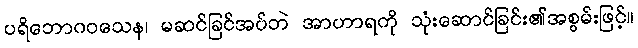
ပရိဘောဂဝသေန၊ မဆင်ခြင်အပ်ဘဲ အာဟာရကို သုံးဆောင်ခြင်း၏အစွမ်းဖြင့်။